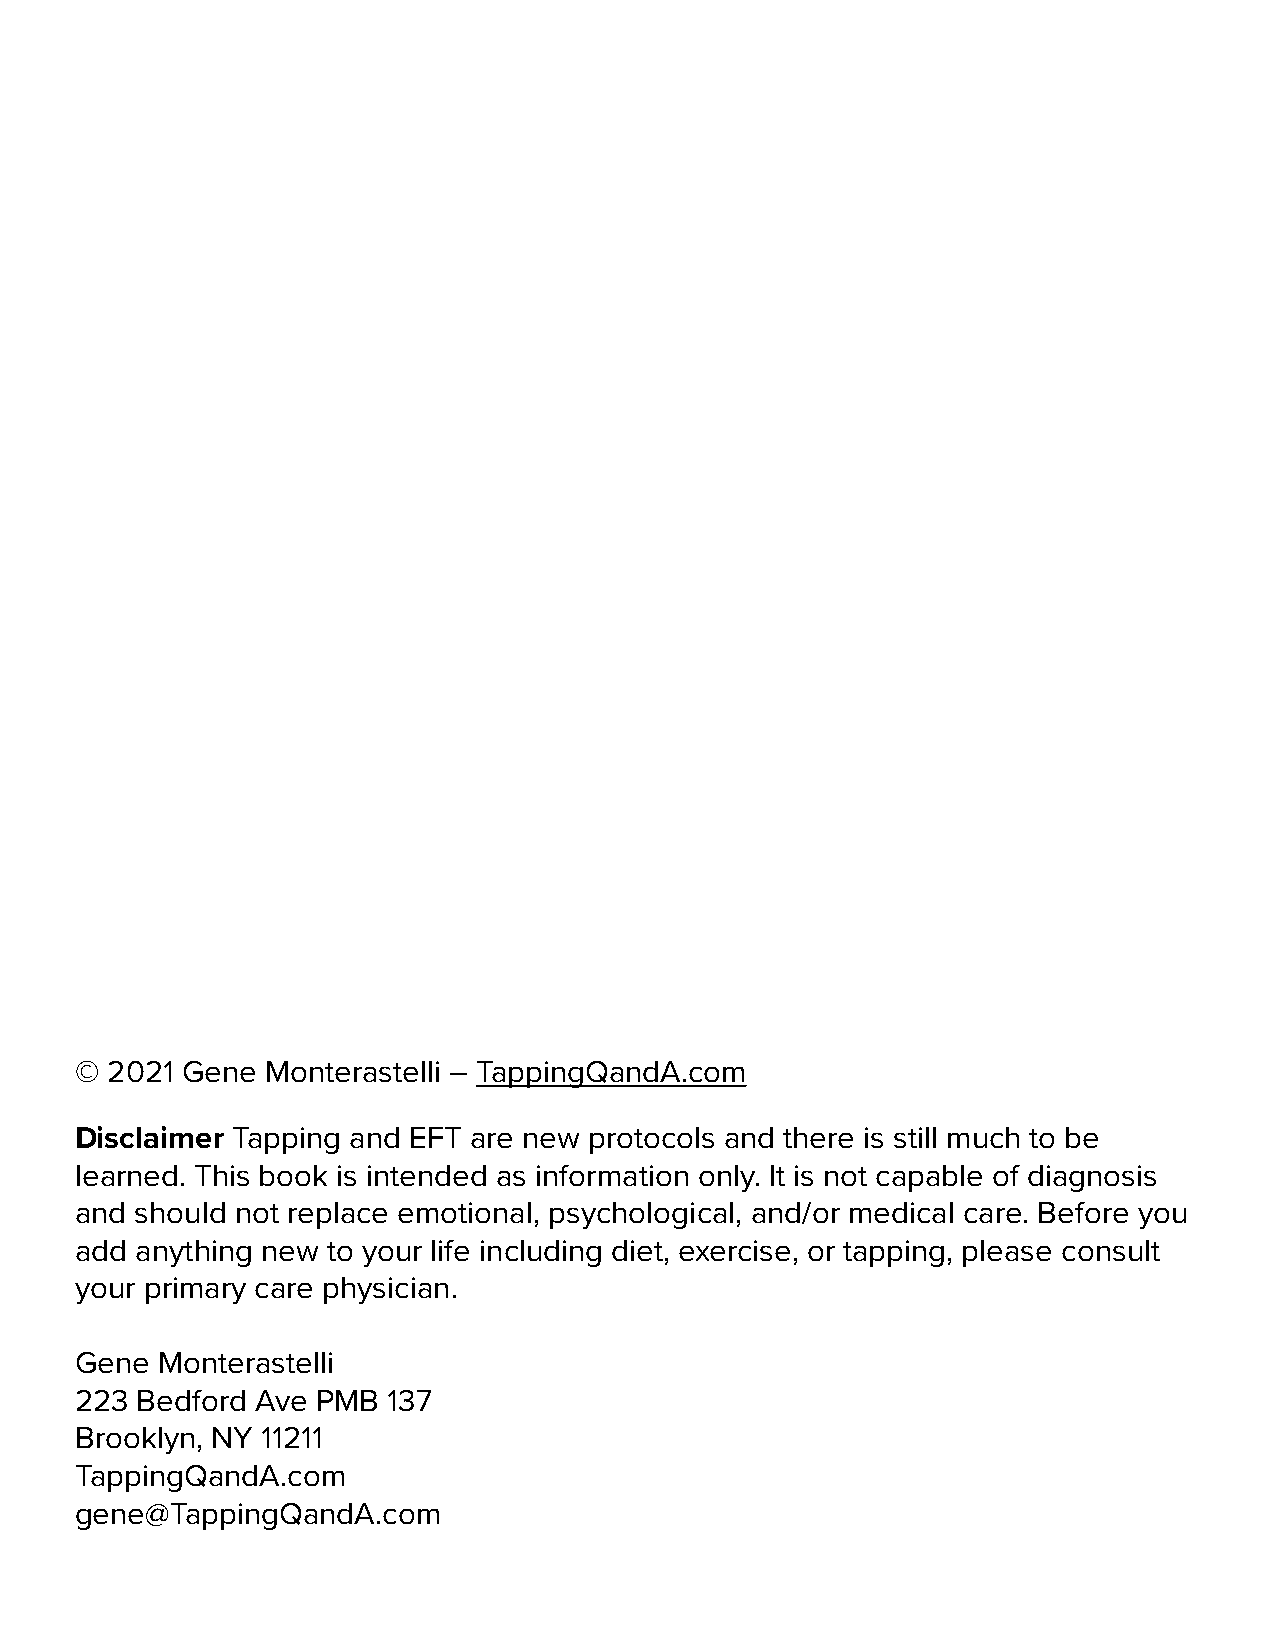
© 2021 Gene  Monterastelli – TappingQandA.com
 Disclaimer Tapping and EFT are new protocols and there is still much to be
 learned. This book is intended as information only. It is not capable of diagnosis
 and should not replace emotional, psychological, and/or medical care. Before you
 add anything new to your life including diet, exercise, or tapping, please consult
 your primary care physician.
 Gene Monterastelli
 223 Bedford Ave PMB  137
 Brooklyn, NY 11211
 TappingQandA.com
 gene@TappingQandA.com